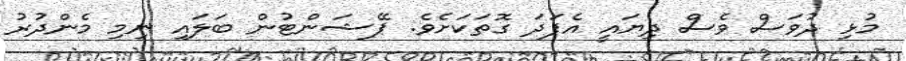
މުޅި ދުވަސް ވެސް ދިޔައީ އެފަދަ ގޮތަކަށެވެ. ޕޭޝަންޓުން ބަލައި ނިމި މެންދުރު